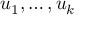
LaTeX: u _ { 1 } , \ldots , u _ { k }